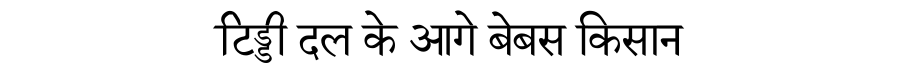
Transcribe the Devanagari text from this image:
टिड्डी दल के आगे बेबस किसान